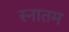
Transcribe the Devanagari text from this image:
स्नातम